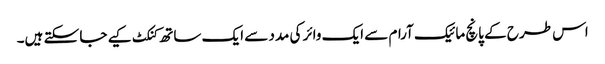
اس طرح کے پانچ مائیک آرام سے ایک وائر کی مدد سے ایک ساتھ کنکٹ کیے جا سکتے ہیں۔